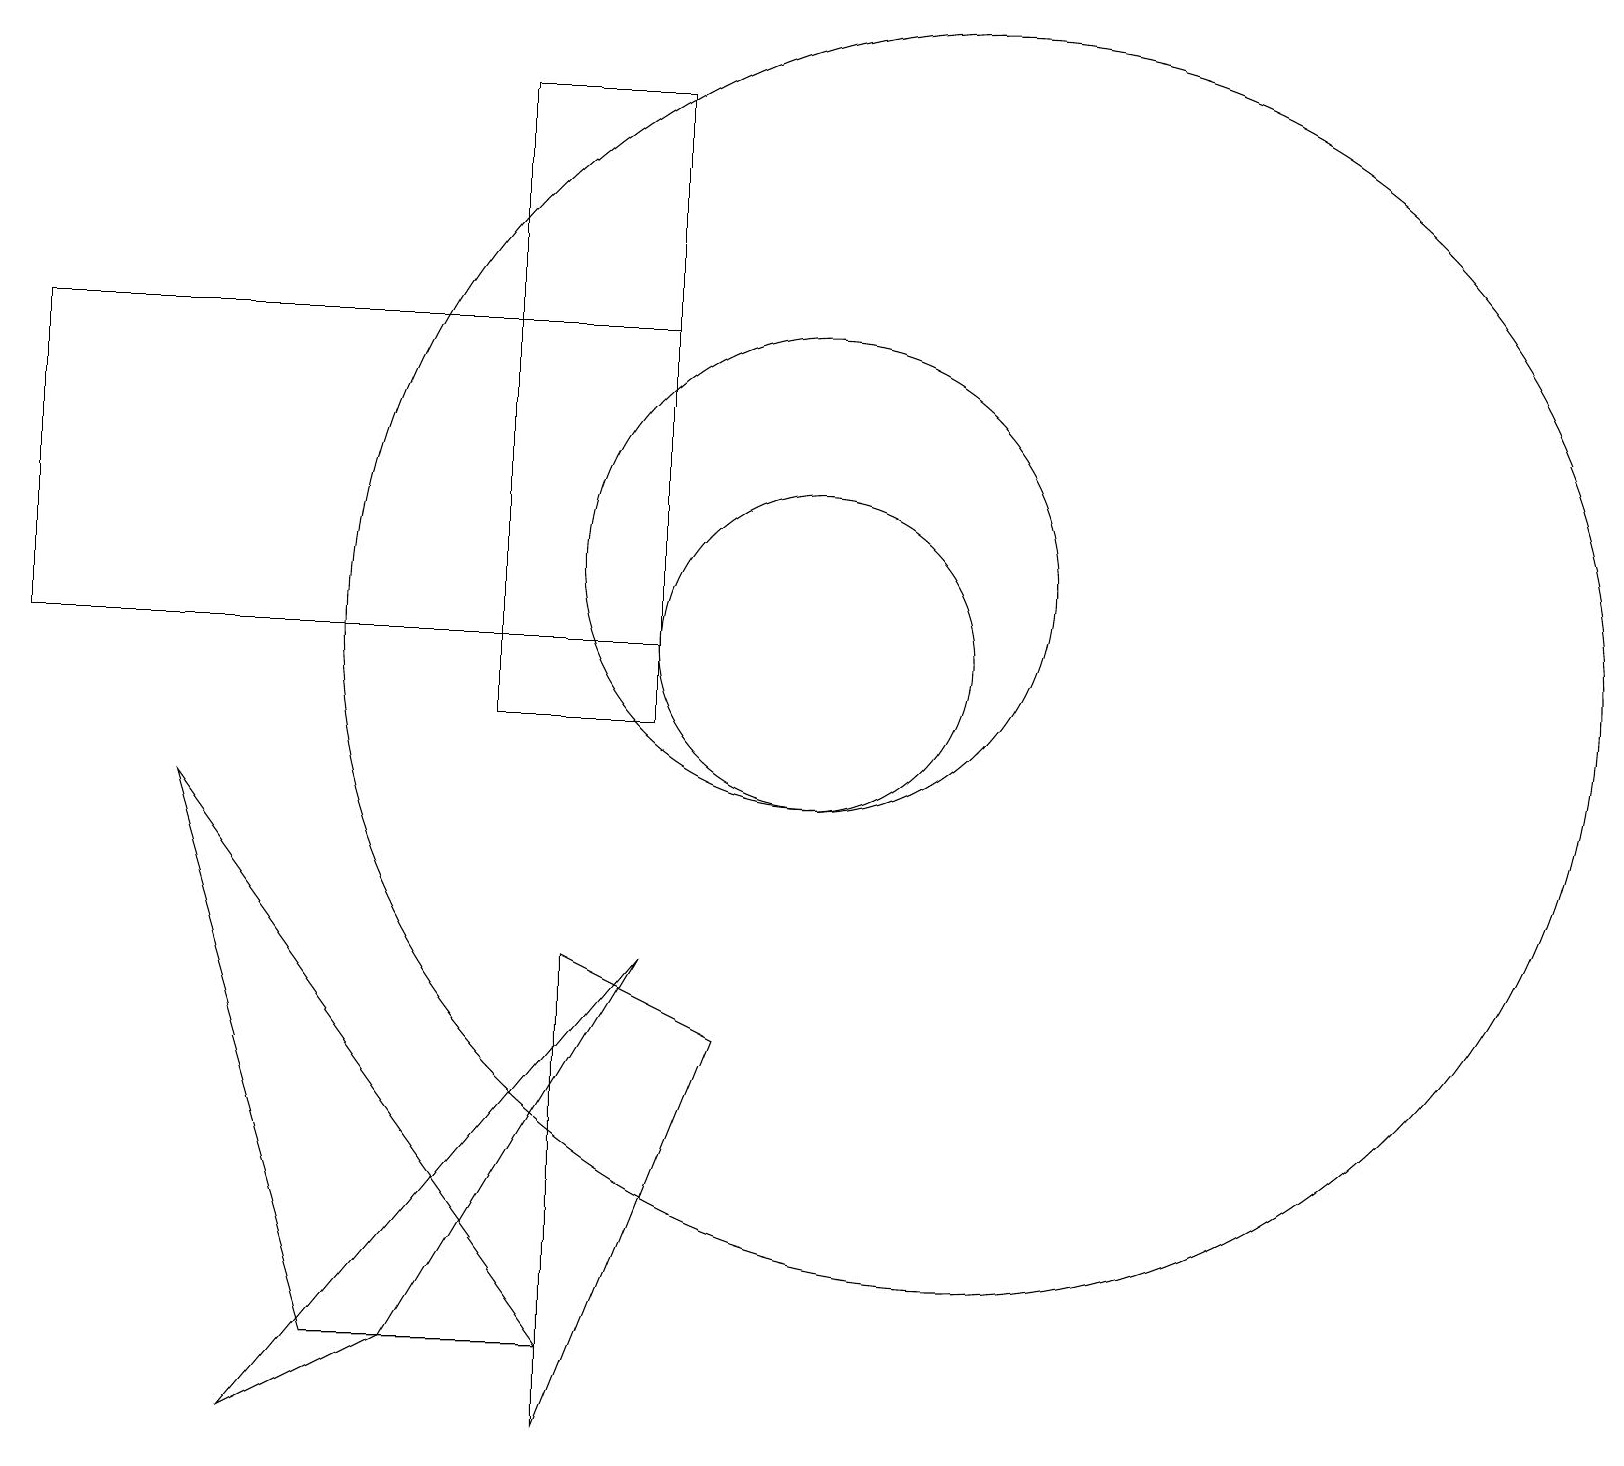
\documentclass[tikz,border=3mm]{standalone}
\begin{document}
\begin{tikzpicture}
\draw (10,11) circle (2);
\draw (12,11) circle (8);
\draw (10,12) circle (3);
\draw (7,2) -- (4,2) -- (2,9) -- cycle;
\draw (8,10) rectangle (6,18);
\draw (0,11) rectangle (8,15);
\draw (9,6) -- (7,1) -- (7,7) -- cycle;
\draw (8,7) -- (5,2) -- (3,1) -- cycle;
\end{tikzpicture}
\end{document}